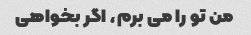
من تو را می برم، اگر بخواهی